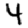
Digit: 4